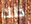
ذلك